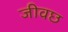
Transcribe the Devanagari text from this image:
जीवछ